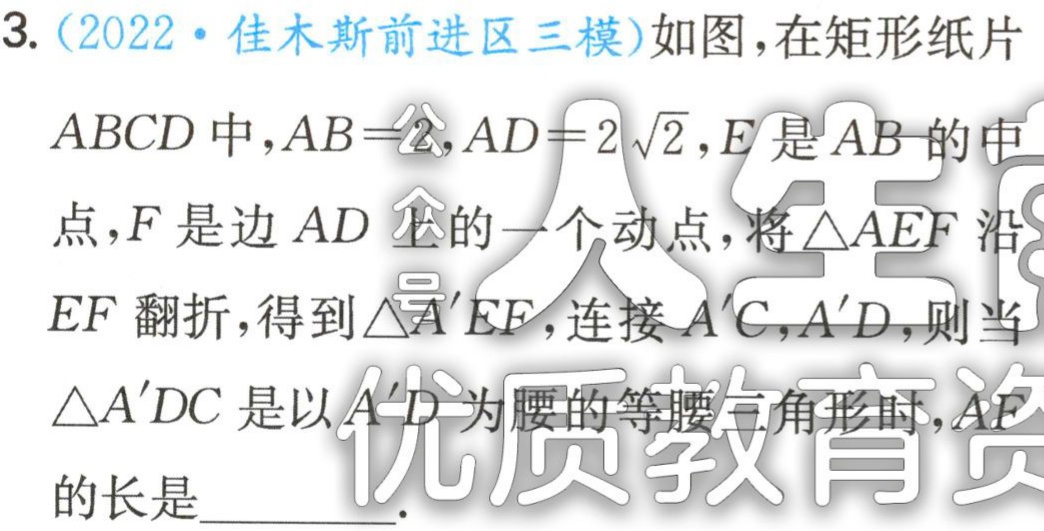
3.（2022·佳木斯前进区三模）如图，在矩形纸片

$ABCD$中，$AB = 2$，$AD = 2\sqrt{2}$，$E$是$AB$的中

点，$F$是边$AD$上的一个动点，将$\triangle AEF$沿

$EF$翻折，得到$\triangle A'EF$，连接$A'C$，$A'D$，则当

$\triangle A'DC$是以$A'D$为腰的等腰三角形时，$AF$

的长是  。